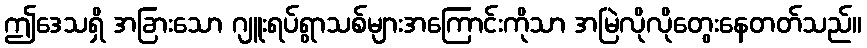
ဤဒေသရှိ အခြားသော ဂျူးရပ်ရွာသစ်များအကြောင်းကိုသာ အမြဲလိုလိုတွေးနေတတ်သည်။